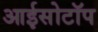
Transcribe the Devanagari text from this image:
आईसोटॉप